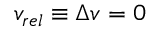
v _ { r e l } \equiv \Delta v = 0